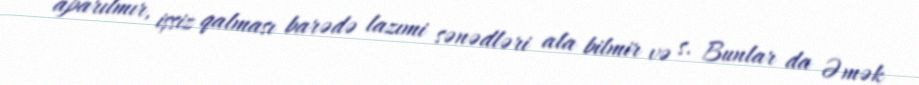
aparılmır, işsiz qalması barədə lazımi sənədləri ala bilmir və s. Bunlar da Əmək